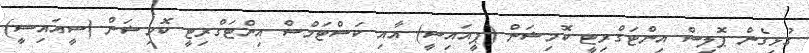
ގުޅިގެން ޕޮލިސް އިންޓަގްރިޓީ ކޮމިޝަން (ޕީއައިސީ) އާއި ކަސްޓަމްސް އިންޓަގްރިޓީ ކޮމިޝަން (ސީއައިސީ)